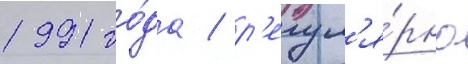
1991 го́да / р'егул'я́рно